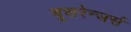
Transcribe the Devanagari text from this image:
बुशरेन्जर्स